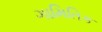
ગામિતિક